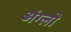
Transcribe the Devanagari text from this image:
अंग्लो